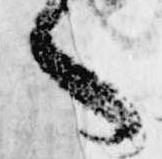
へ